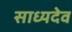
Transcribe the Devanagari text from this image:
साध्यदेव